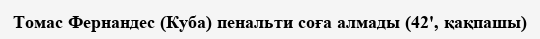
Томас Фернандес (Куба) пенальти соға алмады (42', қақпашы)